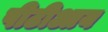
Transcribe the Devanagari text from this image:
पीटीआय